Medical and sanitary report of the native army of Bengal for the year
Year: 1875
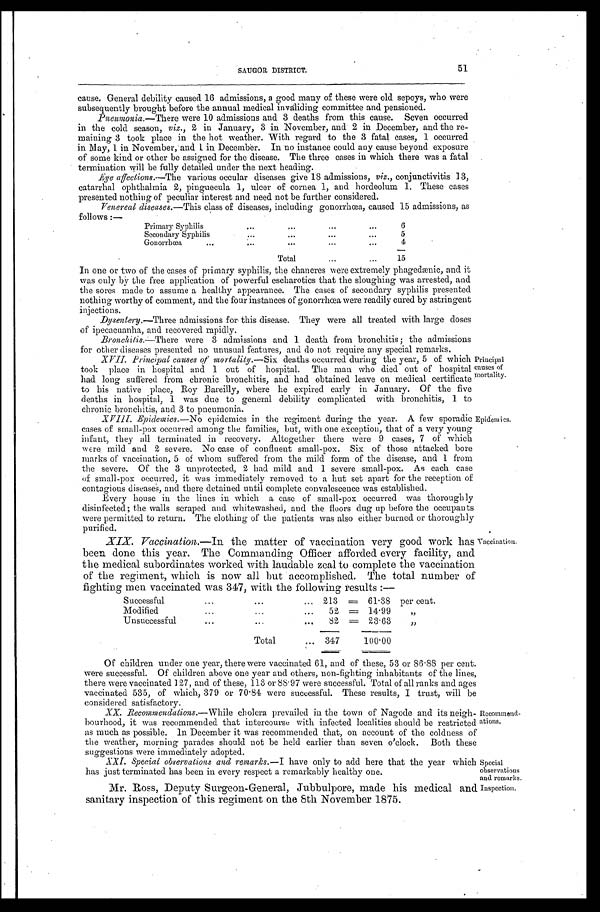
51
SAUGOR DISTRICT.
cause. General debility caused 16 admissions, a good many of these were old sepoys, who were
subsequently brought before the annual medical invaliding committee and pensioned.
Pneumonia .—There were 10 admissions and 3 deaths from this cause. Seven occurred
in the cold season, viz., 2 in January, 3 in November, and 2 in December, and the re
-maining 3 took place in the hot weather. With regard to the 3 fatal cases, 1 occurred
in May, 1 in November, and 1 in December. In no instance could any cause beyond exposure
of some kind or other be assigned for the disease. The three cases in which there was a fatal
termination will be fully detailed under the next heading.
Eye affections .—The various occular diseases give 18 admissions, viz., conjunctivitis 13,
catarrhal ophthalmia 2, pinguecula 1, ulcer of cornea 1, and hordeolum 1. These cases
presented nothing of peculiar interest and need not be further considered.
Venereal diseases .—This class of diseases, including gonorrhœa, caused 15 admissions, as
follows :—
P r i m a r y S y p h i l i s . . .
6
Secondary Syphilis . . .
5
Gonorrhœa . . .
4
Total . . .
15
In one or two of the cases of primary syphilis, the chancres were extremely phagedænic, and it
wa s o n l y b y t h e f r e e a p p l i c a t i o n o f p o we r f u l e s c h a r o t i c s t h a t t h e s l o u g h i n g wa s a r r e s t e d , a n d
the sores made to assume a healthy appearance. The cases of secondary syphilis presented
nothing worthy of comment, and the four instances of gonorrhœa, were readily cured by astringent
injections.
Dysentery.—Three admissions for this disease. They were all treated with large doses
of ipecacuanha, and recovered rapidly.
Bronchitis.—There were 3 admissions and 1 death from bronchitis; the admissions
for other diseases presented no ususual features, and do not require any special remarks.
XVII. Principal causes of mortality.—Six deaths occurred during the year, 5 of which
took place in hospital and 1 out of hospital. The man who died out of hospital
had long suffered from chronic bronchitis, and had obtained leave on medical certificate
to his native place, Roy Bareilly, where he expired early in January. Of the five
deaths in hospital, 1 was due to general debility complicated with bronchitis, 1 to
chronic bronchitis, and 3 to pneumonia.
Principal
causes of
mortality.
Epidemics.
XVIII. Epidemics.—No epidemics in the regiment during the year. A few sporadic
cases of small-pox occurred among the families, but, with one exception, that of a very young
infant, they all terminated in recovery. Altogether there were 9 cases, 7 of which
were, mild and 2 severe. No case of confluent small-pox. Six of those attacked bore
marks of vaccination, 5 of whom suffered from the mild form of the disease, and 1 from
the severe. Of the 3 unprotected, 2 had mild and 1 severe small-pox. As each case
of small-pox occurred, it was immediately removed to a hut set apart for the reception of
contagious diseases, and there detained until complete convalescence was established.
Every house in the lines in which a case of small-pox occurred was thoroughly
disinfected; the walls scraped and whitewashed, and the floors dug up before the occupants
were permitted to return. The clothing of the patients was also either burned or thoroughly
purified.
XIX. Vaccination.—In the matter of vaccination very good work has
been done this year. The Commanding Officer afforded every facility, and
the medical subordinates worked with laudable zeal to complete the vaccination
of the regiment, which is now all but accomplished. The total number of
fighting men vaccinated was 347, with the following results :—
Successful . . .
213 =61.38per cent.
Modified . . .
52 =14.99"
Unsuccessful . . .
82 =23.63"
Total . . .
347
100.00
Vaccination.
Of children under one year, there were vaccinated 61, and of these, 53 or 86.88 per cent.
were successful. Of children above one year and others, non-fighting inhabitants of the lines,
there were vaccinated 127, and of these, 113 or 88.97 were successful. Total of all ranks and ages
vaccinated 535, of which, 379 or 70.84 were successful. These results, I trust, will be
considered satisfactory.
XX. Recommendations.—While cholera prevailed in the town of Nagode and its neigh
-bourhood, it was recommended that intercourse with infected localities should be restricted
as much as possible. In December it was recommended that, on account of the coldness of
the weather, morning parades should not be held earlier than seven o'clock. Both these
suggestions were immediately adopted.
XXI. Special observations and remarks.—I have only to add here that the year which
has just terminated has been in every respect a remarkably healthy one.
Recommend
-ations.
Special
observations
and remarks.
Mr. Ross, Deputy .Surgeon-General, Jubbulpore, made his medical
and sanitary inspection of this regiment on the 8th November 1875.
Inspection.